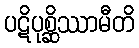
ပဋိပုစ္ဆိဿာမီတိ